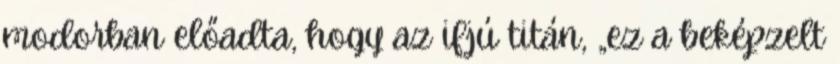
mo­dorban előadta, hogy az if­jú titán, „ez a bekép­zelt